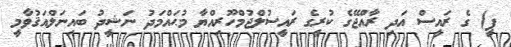
ޕީ) ގެ ރައީސް އަދި ރާއްޖޭގެ ކުރީގެ ރައީސުލްޖުމްހޫރިއްޔާ މުޙައްމަދު ނަޝީދު ބައިނަލްއަޤުވާމީ